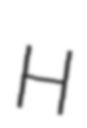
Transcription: H